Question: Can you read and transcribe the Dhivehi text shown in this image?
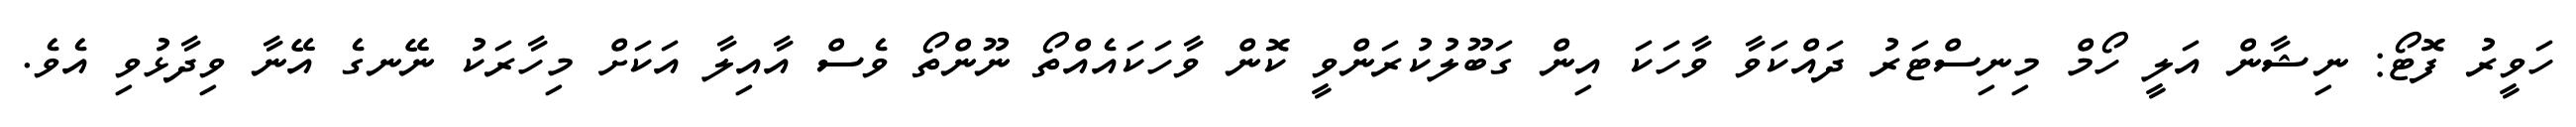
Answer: ހަވީރު ފޮޓޯ: ނިޝާން އަލީ ހޯމް މިނިސްޓަރު ދައްކަވާ ވާހަކަ އިން ގަބޫލުކުރަންވީ ކޮން ވާހަކައެއްތޯ ނޫންތޯ ވެސް އާއިލާ އަކަށް މިހާރަކު ނޭނގެ އޭނާ ވިދާޅުވި އެވެ.